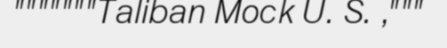
"""""""Taliban Mock U. S. ,"""